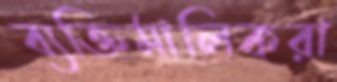
ব্যক্তিমালিকরা